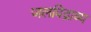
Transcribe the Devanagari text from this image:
जलविद्राव्य